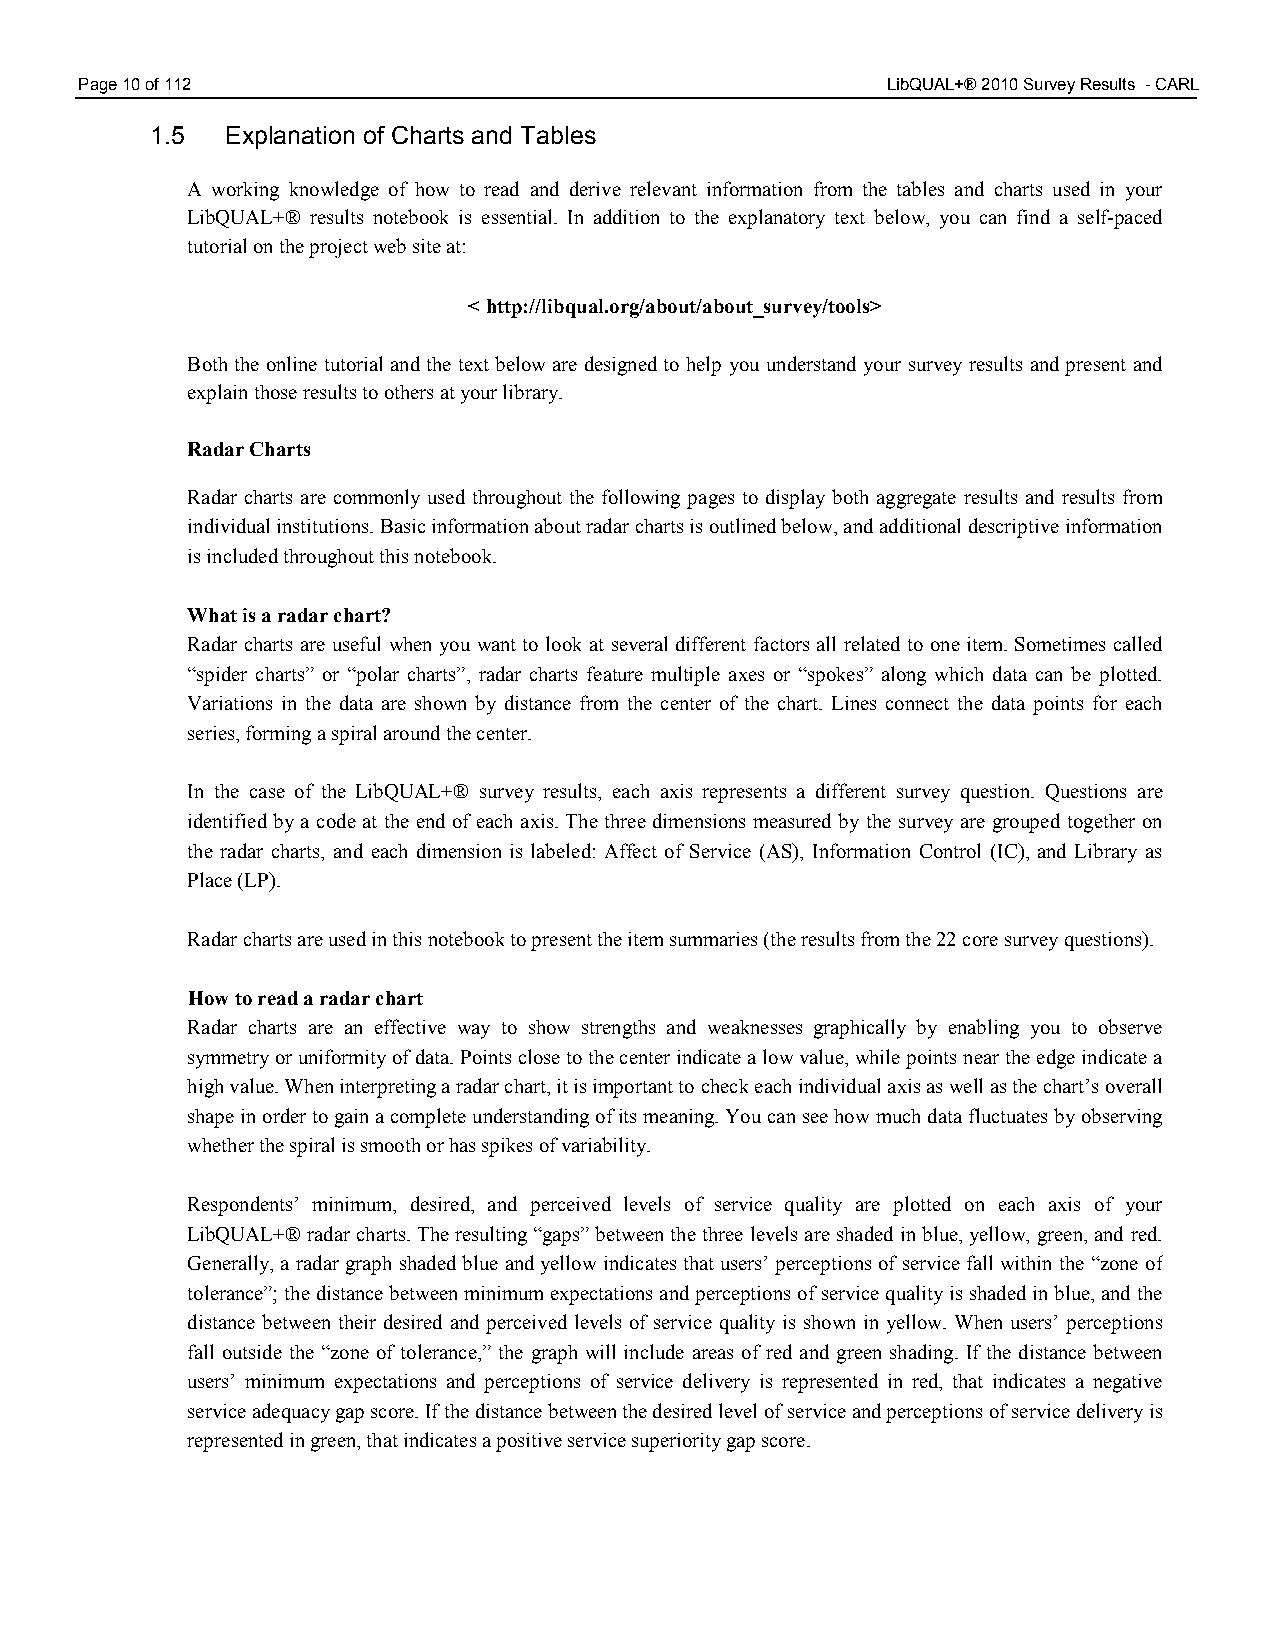
Page 10 of 112                                        LibQUAL+® 2010 Survey Results - CARL
 1.5  Explanation of Charts and Tables
 A working knowledge of how to read and derive relevant information from the tables and charts used in your
 LibQUAL+® results notebook is essential. In addition to the explanatory text below, you can find a self-paced
 tutorial on the project web site at:
 < http://libqual.org/about/about_survey/tools>
 Both the online tutorial and the text below are designed to help you understand your survey results and present and
 explain those results to others at your library.
 Radar Charts
 Radar charts are commonly used throughout the following pages to display both aggregate results and results from
 individual institutions. Basic information about radar charts is outlined below, and additional descriptive information
 is included throughout this notebook.
 What is a radar chart?
 Radar charts are useful when you want to look at several different factors all related to one item. Sometimes called
 “spider charts” or “polar charts”, radar charts feature multiple axes or “spokes” along which data can be plotted.
 Variations in the data are shown by distance from the center of the chart. Lines connect the data points for each
 series, forming a spiral around the center.
 In the case of the LibQUAL+® survey results, each axis represents a different survey question. Questions are
 identified by a code at the end of each axis. The three dimensions measured by the survey are grouped together on
 the radar charts, and each dimension is labeled: Affect of Service (AS), Information Control (IC), and Library as
 Place (LP).
 Radar charts are used in this notebook to present the item summaries (the results from the 22 core survey questions).
 How to read a radar chart
 Radar charts are an effective way to show strengths and weaknesses graphically by enabling you to observe
 symmetry or uniformity of data. Points close to the center indicate a low value, while points near the edge indicate a
 high value. When interpreting a radar chart, it is important to check each individual axis as well as the chart’s overall
 shape in order to gain a complete understanding of its meaning. You can see how much data fluctuates by observing
 whether the spiral is smooth or has spikes of variability.
 Respondents’ minimum, desired, and perceived levels of service quality are plotted on each axis of your
 LibQUAL+® radar charts. The resulting “gaps” between the three levels are shaded in blue, yellow, green, and red.
 Generally, a radar graph shaded blue and yellow indicates that users’ perceptions of service fall within the “zone of
 tolerance”; the distance between minimum expectations and perceptions of service quality is shaded in blue, and the
 distance between their desired and perceived levels of service quality is shown in yellow. When users’ perceptions
 fall outside the “zone of tolerance,” the graph will include areas of red and green shading. If the distance between
 users’ minimum expectations and perceptions of service delivery is represented in red, that indicates a negative
 service adequacy gap score. If the distance between the desired level of service and perceptions of service delivery is
 represented in green, that indicates a positive service superiority gap score.